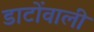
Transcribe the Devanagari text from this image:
डाटोंवाली